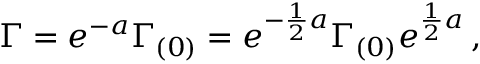
\Gamma = e ^ { - a } \Gamma _ { ( 0 ) } = e ^ { - { \frac { 1 } { 2 } } a } \Gamma _ { ( 0 ) } e ^ { { \frac { 1 } { 2 } } a } \, ,